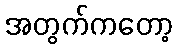
အတွက်ကတော့